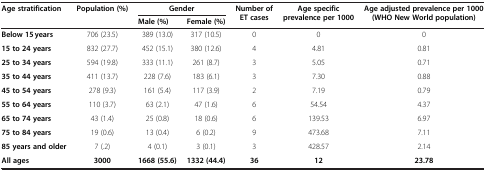
<table><thead><tr><td rowspan="2"><b>Age stratification</b></td><td rowspan="2"><b>Population (%)</b></td><td colspan="2"><b>Gender</b></td><td rowspan="2"><b>Number of ET cases</b></td><td rowspan="2"><b>Age specific prevalence per1000</b></td><td rowspan="2"><b>Age adjusted prevalence per1000 (WHO New Worldpopulation)</b></td></tr><tr><td><b>Male (%)</b></td><td><b>Female (%)</b></td></tr></thead><tbody><tr><td><b>Below 15 years</b></td><td>706 (23.5)</td><td>389 (13.0)</td><td>317 (10.5)</td><td>0</td><td>0</td><td>0</td></tr><tr><td><b>15 to 24 years</b></td><td>832 (27.7)</td><td>452 (15.1)</td><td>380 (12.6)</td><td>4</td><td>4.81</td><td>0.81</td></tr><tr><td><b>25 to 34 years</b></td><td>594 (19.8)</td><td>333 (11.1)</td><td>261 (8.7)</td><td>3</td><td>5.05</td><td>0.71</td></tr><tr><td><b>35 to 44 years</b></td><td>411 (13.7)</td><td>228 (7.6)</td><td>183 (6.1)</td><td>3</td><td>7.30</td><td>0.88</td></tr><tr><td><b>45 to 54 years</b></td><td>278 (9.3)</td><td>161 (5.4)</td><td>117 (3.9)</td><td>2</td><td>7.19</td><td>0.79</td></tr><tr><td><b>55 to 64 years</b></td><td>110 (3.7)</td><td>63 (2.1)</td><td>47 (1.6)</td><td>6</td><td>54.54</td><td>4.37</td></tr><tr><td><b>65 to 74 years</b></td><td>43 (1.4)</td><td>25 (0.8)</td><td>18 (0.6)</td><td>6</td><td>139.53</td><td>6.97</td></tr><tr><td><b>75 to 84 years</b></td><td>19 (0.6)</td><td>13 (0.4)</td><td>6 (0.2)</td><td>9</td><td>473.68</td><td>7.11</td></tr><tr><td><b>85 years and older</b></td><td>7 (.2)</td><td>4 (0.1)</td><td>3 (0.1)</td><td>3</td><td>428.57</td><td>2.14</td></tr><tr><td><b>All ages</b></td><td><b>3000</b></td><td><b>1668 (55.6)</b></td><td><b>1332 (44.4)</b></td><td><b>36</b></td><td><b>12</b></td><td><b>23.78</b></td></tr></tbody></table>